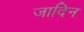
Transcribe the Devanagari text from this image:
जादिन